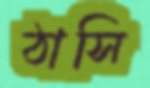
ঠাসি